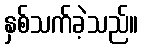
နှစ်သက်ခဲ့သည်။